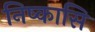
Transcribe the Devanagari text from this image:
निष्कासि